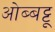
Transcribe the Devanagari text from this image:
ओब्बट्टू